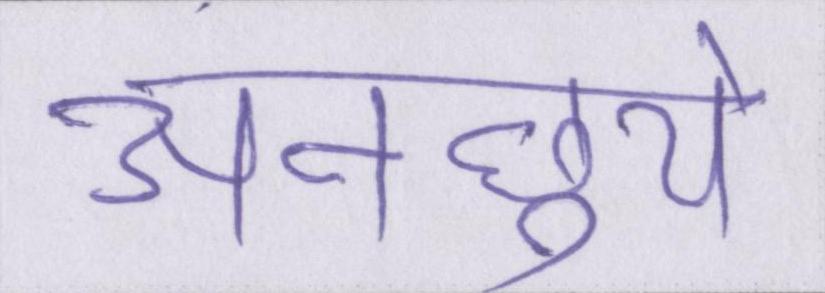
अनछुये